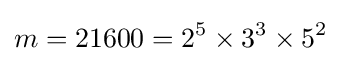
m=21600=2^{5}\times 3^{3}\times 5^{2}